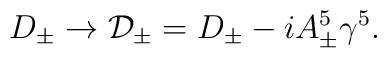
D_\pm \rightarrow {\cal D}_\pm = D_\pm - i A^5_\pm \gamma^5.